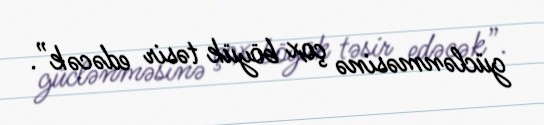
güclənməsinə çox böyük təsir edəcək”.